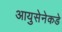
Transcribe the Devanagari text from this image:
आयुसेनेकडे